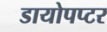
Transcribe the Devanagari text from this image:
डायोपप्टर